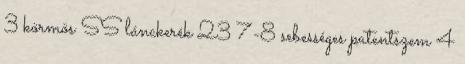
3 körmös SS lánckerék 23 7-8 sebességes patentszem 4